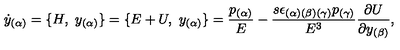
{ \dot { y } } _ { ( \alpha ) } = \{ H , \ { y } _ { ( \alpha ) } \} = \{ E + U , \ { y } _ { ( \alpha ) } \} = { \frac { p _ { ( \alpha ) } } { E } } - { \frac { s \epsilon _ { ( \alpha ) ( \beta ) ( \gamma ) } p _ { ( \gamma ) } } { E ^ { 3 } } } { \frac { \partial U } { \partial { y } _ { ( \beta ) } } } ,